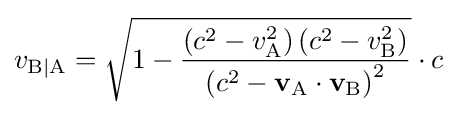
v_{\mathrm {B|A} }={\sqrt {1-{\frac {\left(c^{2}-v_{\mathrm {A} }^{2}\right)\left(c^{2}-v_{\mathrm {B} }^{2}\right)}{\left(c^{2}-\mathbf {v} _{\mathrm {A} }\cdot \mathbf {v} _{\mathrm {B} }\right)^{2}}}}}\cdot c